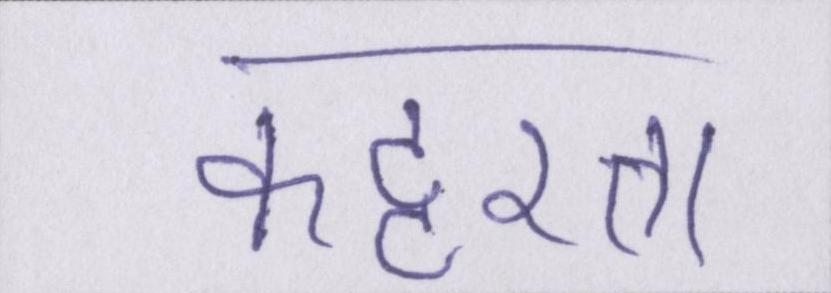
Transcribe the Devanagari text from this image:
कट्टरता